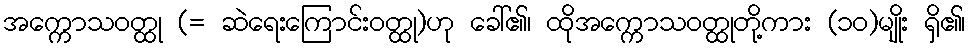
အက္ကောသဝတ္ထု (= ဆဲရေးကြောင်းဝတ္ထု)ဟု ခေါ်၏၊ ထိုအက္ကောသဝတ္ထုတို့ကား (၁၀)မျိုး ရှိ၏၊